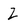
Character: Z